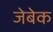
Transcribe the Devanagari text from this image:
जेबेक